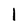
Character: l